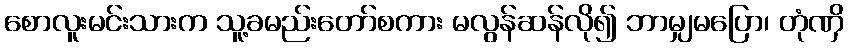
စောလူးမင်းသားက သူ့ခမည်းတော်စကား မလွန်ဆန်လို၍ ဘာမျှမပြော၊ တုံဏှိ